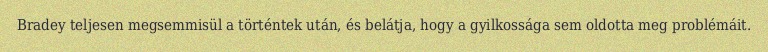
Bradey teljesen megsemmisül a történtek után, és belátja, hogy a gyilkossága sem oldotta meg problémáit.